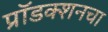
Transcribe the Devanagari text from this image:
प्रॉडक्शनचा